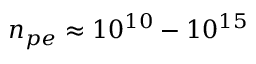
n _ { p e } \approx 1 0 ^ { 1 0 } - 1 0 ^ { 1 5 }